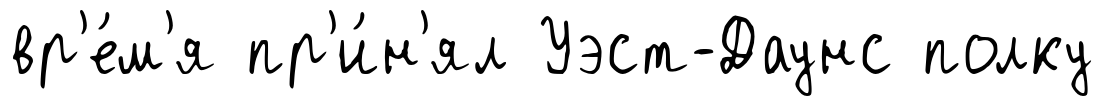
вр'е́м'я пр'и́н'ял Уэст-Даунс полку